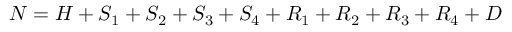
N = H + S _ { 1 } + S _ { 2 } + S _ { 3 } + S _ { 4 } + R _ { 1 } + R _ { 2 } + R _ { 3 } + R _ { 4 } + D